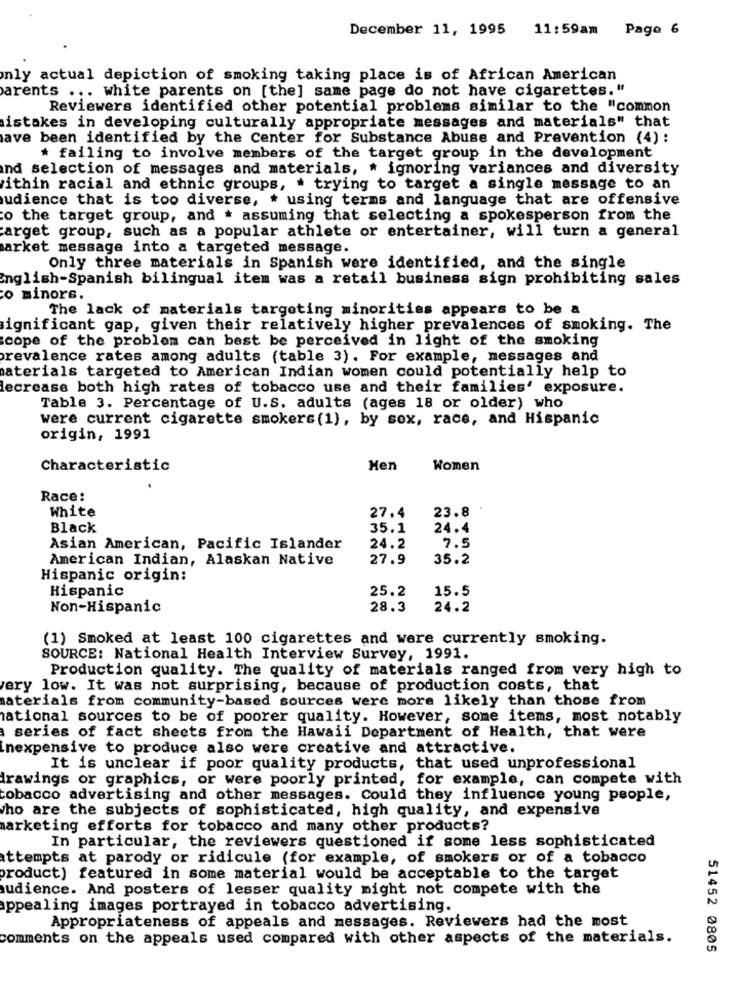
December 11, 1995 11:59am Pago 6
only actual depiction of smoking taking place is of African American
parents ... white parents on [the] same page do not have cigarettes."
Reviewers identified other potential problems similar to the "common
istakes in developing culturally appropriate messages and materials" that
ave been identified by the Center for Substance Abuse and Prevention (4) :
* failing to involve members of the target group in the development
nd selection of messages and materials, * ignoring variances and diversity
ithin racial and ethnic groups, . trying to target a single message to an
audience that is too diverse, . using terms and language that are offensive
o the target group, and . assuming that selecting a spokesperson from the
target group, such as a popular athlete or entertainer, will turn a general
arket message into a targeted message.
Only three materials in Spanish were identified, and the single
english-Spanish bilingual item was a retail business sign prohibiting sales
o minore.
The lack of materials targeting minorities appears to be a
ignificant gap, given their relatively higher prevalences of smoking. The
scope of the problem can best be perceived in light of the smoking
prevalence rates among adults (table 3). For example, messages and
materials targeted to American Indian women could potentially help to
decrease both high rates of tobacco use and their families' exposure.
Table 3. Percentage of U.S. adults (ages 18 or older) who
were current cigarette smokers (1), by sox, race, and Hispanic
origin, 1991
Characteristic
Men
Women
Race:
White
23.8
27.4
Black
35.1
24.4
Asian American, Pacific Islander
24.2
7.5
American Indian, Alaskan Native
27.9
35.2
Hispanic origin:
Hispanic
25.2
15.5
Non-Hispanic
28.3
24.2
(1) Smoked at least 100 cigarettes and were currently smoking.
SOURCE: National Health Interview Survey, 1991.
Production quality. The quality of materials ranged from very high to
very low. It was not surprising, because of production costs, that
materials from community-based sources were more likely than those from
national sources to be of poorer quality. However, some items, most notably
series of fact sheets from the Hawaii Department of Health, that were
inexpensive to produce also were creative and attractive.
It is unclear if poor quality products, that used unprofessional
drawings or graphics, or were poorly printed, for example, can compete with
tobacco advertising and other messages. Could they influence young people,
who are the subjects of sophisticated, high quality, and expensive
marketing efforts for tobacco and many other products?
In particular, the reviewers questioned if some less sophisticated
attempts at parody or ridicule (for example, of smokers or of a tobacco
product) featured in some material would be acceptable to the target
audience. And posters of lesser quality might not compete with the
appealing images portrayed in tobacco advertising.
Appropriateness of appeals and messages. Reviewers had the most
comments on the appeals used compared with other aspects of the materials.
51452 0805